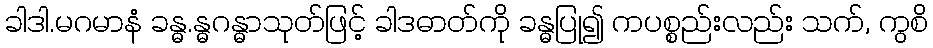
ခါဒါ.မဂမာနံ ခန္ဓ.န္ဓဂန္ဓာသုတ်ဖြင့် ခါဒဓာတ်ကို ခန္ဓပြု၍ ကပစ္စည်းလည်း သက်, ကွစိ